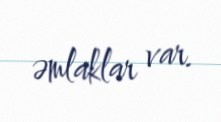
əmlaklar var.